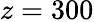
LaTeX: z=300